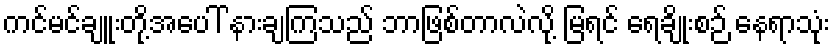
ကင်မင်ချူးတို့အပေါ် နားချကြသည် ဘာဖြစ်တာလဲလို့ မြရင် ရေချိုးစဉ် နေရာသုံး